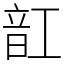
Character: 䪦